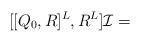
LaTeX: \begin{align*}[[Q_0,R]^L,R^L]\mathcal{I}=\end{align*}